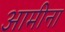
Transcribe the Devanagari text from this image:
आमीना